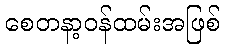
စေတနာ့ဝန်ထမ်းအဖြစ်